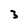
Character: 3